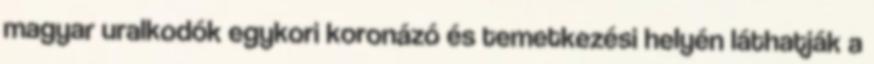
magyar uralkodók egykori koronázó és temetkezési helyén láthatják a